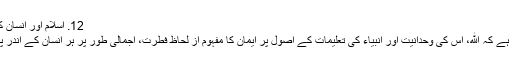
12. اسلام اور انسان کی سرشت:
ہمارا عقیدہ ہے کہ الله، اس کی وحدانیت اور انبیاء کی تعلیمات کے اصول پر ایمان کا مفہوم از لحاظ فطرت، اجمالی طور پر ہر انسان کے اندر پایا جاتاہے۔